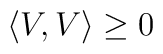
\left\langle V,V\right\rangle \geq 0